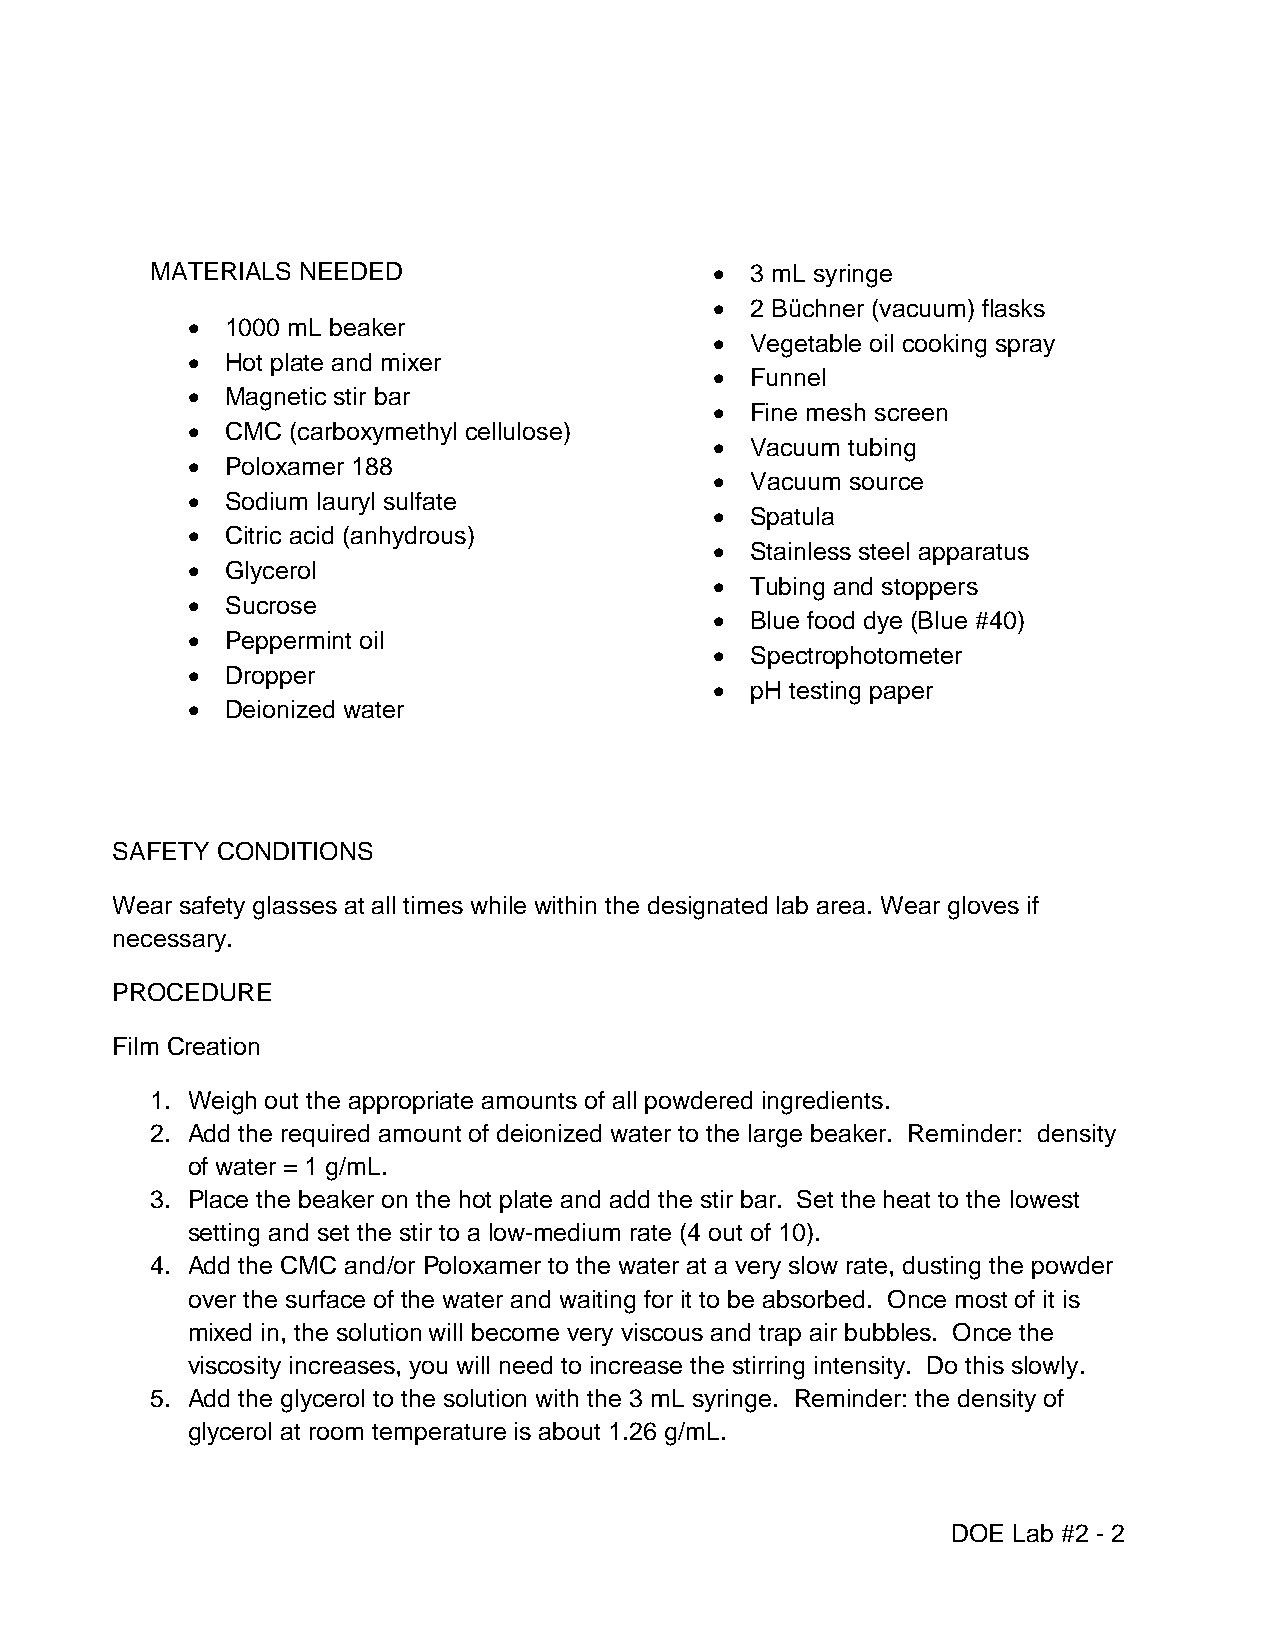
MATERIALS NEEDED                       3 mL syringe
   2 Büchner (vacuum) flasks
   1000 mL beaker
   Vegetable oil cooking spray
   Hot plate and mixer
   Funnel
   Magnetic stir bar
   Fine mesh screen
   CMC (carboxymethyl cellulose)
   Vacuum tubing
   Poloxamer 188
   Vacuum source
   Sodium lauryl sulfate
   Spatula
   Citric acid (anhydrous)
   Stainless steel apparatus
   Glycerol
   Tubing and stoppers
   Sucrose
   Blue food dye (Blue #40)
   Peppermint oil
   Spectrophotometer
   Dropper
   pH testing paper
   Deionized water
 SAFETY CONDITIONS
 Wear safety glasses at all times while within the designated lab area. Wear gloves if
 necessary.
 PROCEDURE
 Film Creation
 1. Weigh out the appropriate amounts of all powdered ingredients.
 2. Add the required amount of deionized water to the large beaker. Reminder: density
 of water = 1 g/mL.
 3. Place the beaker on the hot plate and add the stir bar. Set the heat to the lowest
 setting and set the stir to a low-medium rate (4 out of 10).
 4. Add the CMC and/or Poloxamer to the water at a very slow rate, dusting the powder
 over the surface of the water and waiting for it to be absorbed. Once most of it is
 mixed in, the solution will become very viscous and trap air bubbles. Once the
 viscosity increases, you will need to increase the stirring intensity. Do this slowly.
 5. Add the glycerol to the solution with the 3 mL syringe. Reminder: the density of
 glycerol at room temperature is about 1.26 g/mL.
 DOE Lab #2 - 2